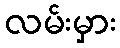
လမ်းမှား